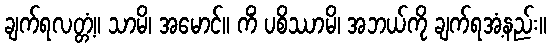
ချက်ရလတ္တံ့။ သာမိ၊ အမောင်။ ကိံ ပစိဿာမိ၊ အဘယ်ကို ချက်ရအံ့နည်း။